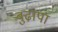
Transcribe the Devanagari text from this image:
बुढा़पा